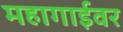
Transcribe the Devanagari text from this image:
महागाईवर